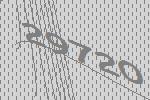
29720